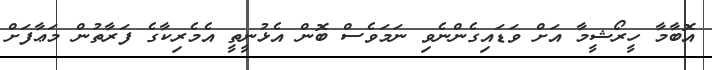
އޮބާމާ ހީރޯޝީމާ އަށް ވަޑައިގެންނެވި ނަމަވެސް ބޮން އެޅުނީތީ އެމެރިކާގެ ފަރާތުން މަޢާފަށް